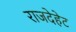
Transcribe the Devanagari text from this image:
राजदेहेट